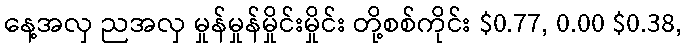
နေ့အလှ ညအလှ မှုန်မှုန်မှိုင်းမှိုင်း တို့စစ်ကိုင်း $0.77, 0.00 $0.38,